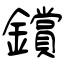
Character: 鑜